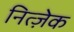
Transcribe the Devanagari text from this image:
नित्ज़ेक